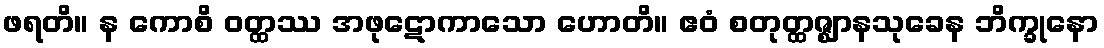
ဖရတိ။ န ကောစိ ဝတ္ထဿ အဖုဋောကာသော ဟောတိ။ ဧဝံ စတုတ္ထဇ္ဈာနသုခေန ဘိက္ခုနော